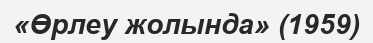
«Өрлеу жолында» (1959)